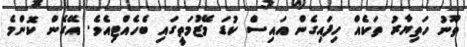
ތޫނު ހަތިޔާރު ތަކެއް ހިފައިގެން އައިސް ކުޑަ މޭޒުމަތީގައި ބެހެއްޓިއެވެ. އޭގެން ކޮންމެ